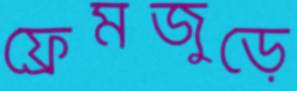
ফ্রেমজুড়ে